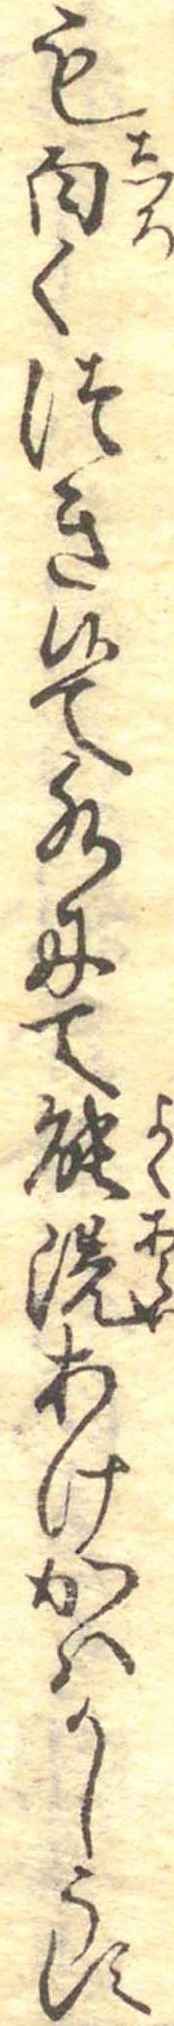
も白くつき候て水にて能洗あけかはかしうす